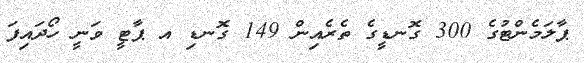
ޕާލަމެންޓުގެ 300 ގޮނޑީގެ ތެރެއިން 149 ގޮނޑި އ ޕާޓީ ވަނީ ހޯދައިފަ